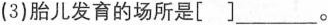
(3)胎儿发育的场所是[] ___ 。